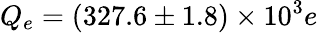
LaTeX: Q_{e}=(327.6\pm 1.8)\times 10^{3}e